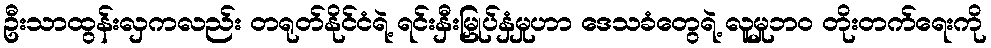
ဦးသာထွန်းလှကလည်း တရုတ်နိုင်ငံရဲ့ ရင်းနှီးမြှုပ်နှံမှုဟာ ဒေသခံတွေရဲ့ လူမှုဘဝ တိုးတက်ရေးကို